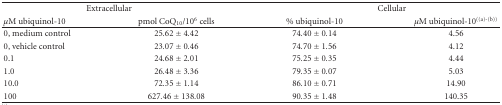
| <COLSPAN=2> Extracellular | <COLSPAN=2> Cellular |
 | μM ubiquinol-10 | pmol CoQ10/106 cells | % ubiquinol-10 | μM ubiquinol-10((a)-(b)) |
 | --- | --- | --- | --- |
 | 0, medium control | 25.62 ± 4.42 | 74.40 ± 0.14 | 4.56 |
 | 0, vehicle control | 23.07 ± 0.46 | 74.70 ± 1.56 | 4.12 |
 | 0.1 | 24.68 ± 2.01 | 75.25 ± 0.35 | 4.44 |
 | 1.0 | 26.48 ± 3.36 | 79.35 ± 0.07 | 5.03 |
 | 10.0 | 72.35 ± 1.14 | 86.10 ± 0.71 | 14.90 |
 | 100 | 627.46 ± 138.08 | 90.35 ± 1.48 | 140.35 |